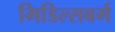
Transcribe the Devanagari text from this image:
मिडिल्सबर्ग